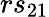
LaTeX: rs_{21}